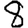
Digit: 8